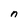
Character: n